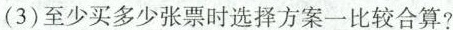
(3)至少买多少张票时选择方案一比较合算?